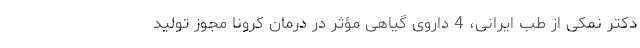
دکتر نمکی از طب ایرانی، 4 داروی گیاهی مؤثر در درمان کرونا مجوز تولید